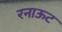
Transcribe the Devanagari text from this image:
रनाऊट